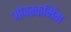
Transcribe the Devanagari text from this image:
ओवरकमिंग